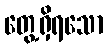
တွေ့ရှိရသော